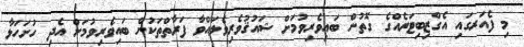
މި ފެއަރގައި އެގްޒިބިޓަރެއްގެ ގޮތުން ބައިވެރިވުމަށް ޝައުޤުވެރިވެލައްވާ ފަރާތްތަކުން ބައިވެރިވުމަށް އެދި ހުށަހަޅާ